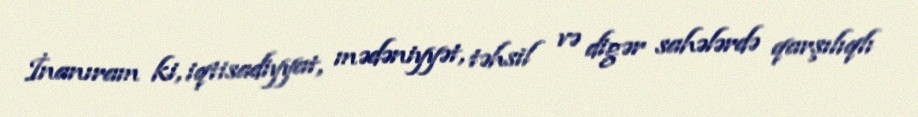
İnanıram ki, iqtisadiyyat, mədəniyyət, təhsil və digər sahələrdə qarşılıqlı